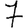
Digit: 7